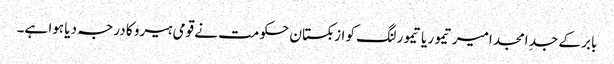
بابر کے جدِ امجد امیر تیمور یا تیمور لنگ کو ازبکستان حکومت نے قومی ہیرو کا درجہ دیا ہوا ہے۔